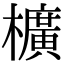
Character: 櫎